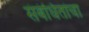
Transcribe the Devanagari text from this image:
संबंधितांचा